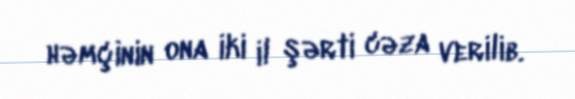
həmçinin ona iki il şərti cəza verilib.